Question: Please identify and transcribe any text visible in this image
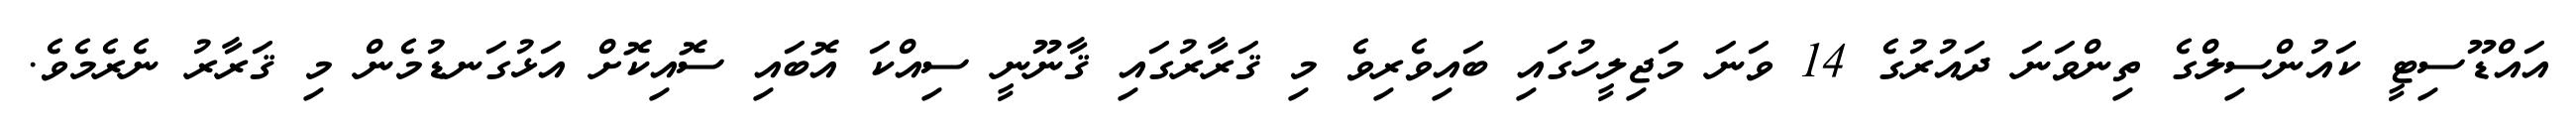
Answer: އައްޑޫސިޓީ ކައުންސިލްގެ ތިންވަނަ ދައުރުގެ 14 ވަނަ މަޖިލީހުގައި ބައިވެރިވެ މި ޤަރާރުގައި ޤާނޫނީ ސިއްކަ އޮބައި ސޮއިކޮށް އަޅުގަނޑުމެން މި ޤަރާރު ނެރެމެވެ.